Report on vaccination North-West Frontier Province 1904-1922 - 1904-1922
Year: 1904
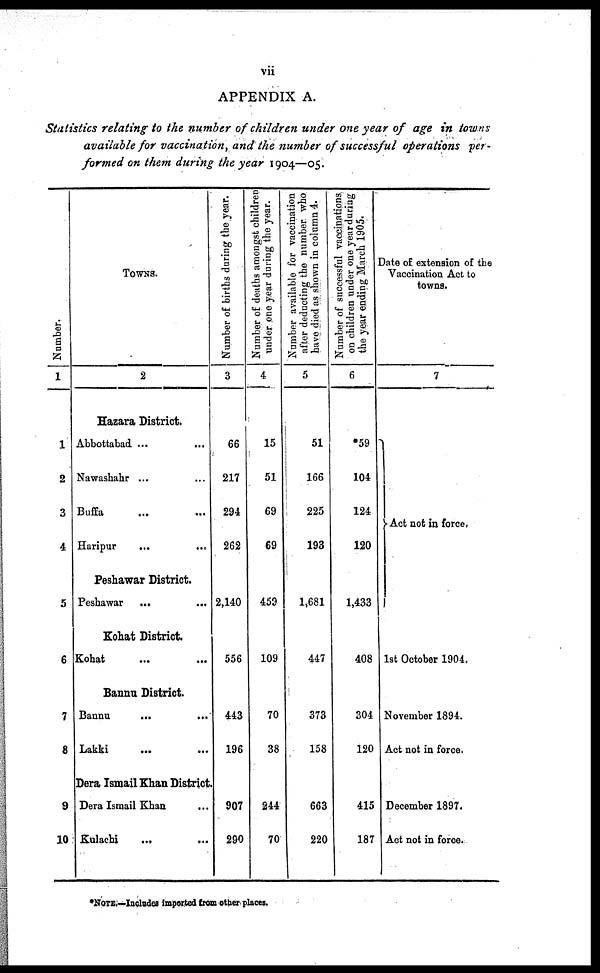
vii
APPENDIX A.
Statistics relating to the number of children under one year of age in towns
available for vaccination, and the number of successful operations per-
formed on them during the year 1904—05.
Number.
1
1
2
3
4
5
6
7
8
9
10
TOWNS.
2
Hazara District.
Abbottabad ... ...
Nawashahr ... ...
Buffa ... ...
Haripur ... ...
Peshawar District.
Peshawar
...
...
Kohat District.
Kohat
...
...
Bannu District.
Bannu
...
...
Lakki
...
...
Dera Ismail Khan District.
Dera Ismail Khan ...
Kulachi
...
...
Number of births during the year.
3
66
217
294
262
2,140
556
443
196
907
290
Number of deaths amongst children
under one year during the year.
4
15
51
69
69
459
109
70
38
244
70
Number available for vaccination
after deducting the number who
have died as shown in column 4.
5
51
166
225
193
1,681
447
373
158
663
220
Number of successful vaccinations
on children under one year during
the year ending March 1905.
6
*59
104
124
120
1,433
408
304
120
415
187
Date of extension of the
Vaccination Act to
towns.
7
Act not in force.
1st October 1904.
November 1894.
Act not in force.
December 1897.
Act not in force.
*NOTE.—Includes imported from other places.